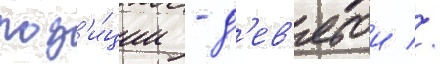
поз'и́ции - д'ев'ятои //